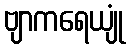
ဗျာကရေယျုံ